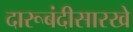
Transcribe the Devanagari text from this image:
दारूबंदीसारखे